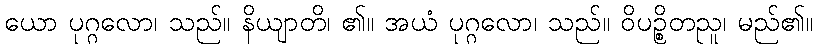
ယော ပုဂ္ဂလော၊ သည်။ နိယျာတိ၊ ၏။ အယံ ပုဂ္ဂလော၊ သည်။ ဝိပဉ္စိတညူ၊ မည်၏။